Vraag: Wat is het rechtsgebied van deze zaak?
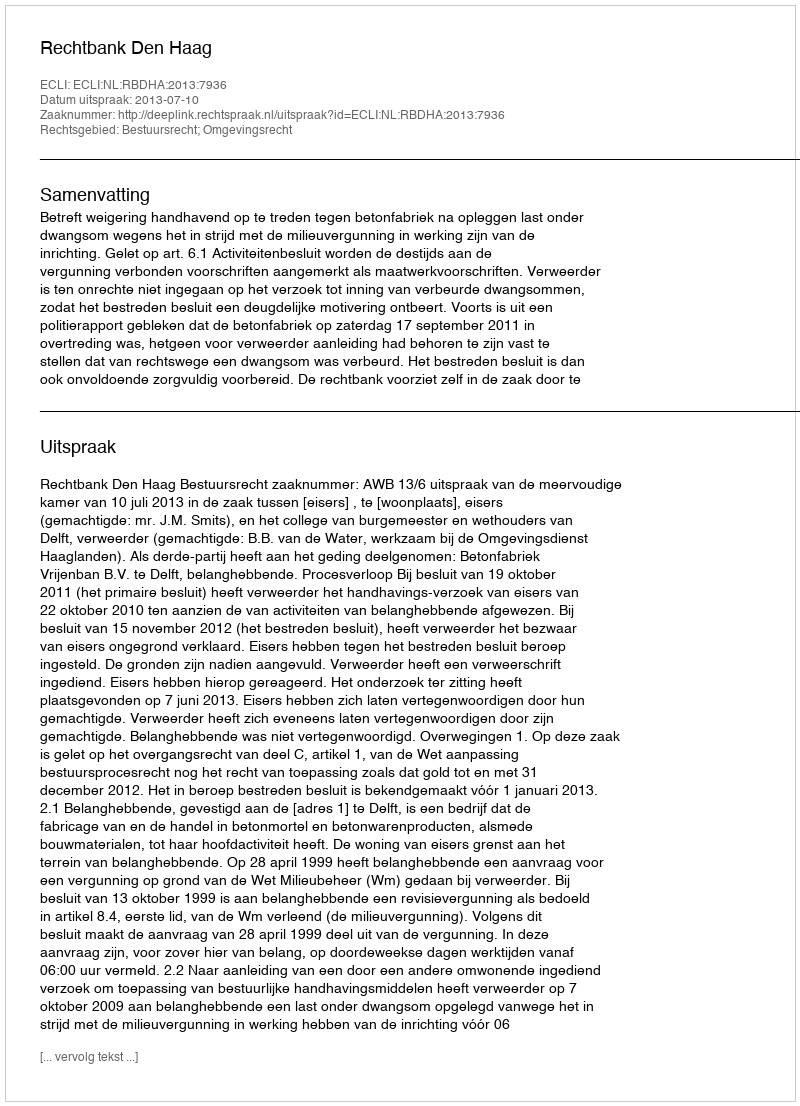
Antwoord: Bestuursrecht; Omgevingsrecht